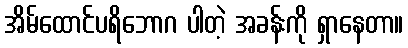
အိမ်ထောင်ပရိဘောဂ ပါတဲ့ အခန်းကို ရှာနေတာ။